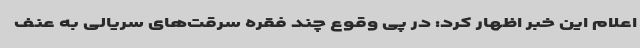
اعلام این خبر اظهار کرد: در پی وقوع چند فقره سرقت‌های سریالی به عنف